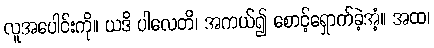
လူအပေါင်းကို။ ယဒိ ပါလေတိ၊ အကယ်၍ စောင့်ရှောက်ခဲ့အံ့။ အထ၊